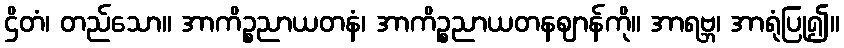
ဌိတံ၊ တည်သော။ အာကိဉ္စညာယတနံ၊ အာကိဉ္စညာယတနဈာန်ကို။ အာရဗ္ဘ၊ အာရုံပြု၍။